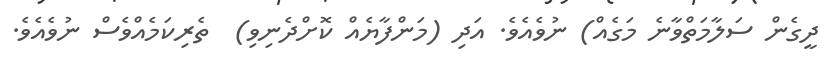
ދީގެން ސަލާމަތްވާނެ މަގެއް) ނުވެއެވެ. އަދި (މަންފާޔެއް ކޮށްދެނިވި)  ތެރިކަމެއްވެސް ނުވެއެވެ.